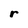
Character: r